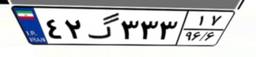
۴۲گ۳۳۳۱۷